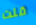
قلت